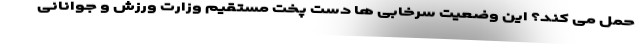
حمل می کند؟ این وضعیت سرخابی ها دست پخت مستقیم وزارت ورزش و جوانانی